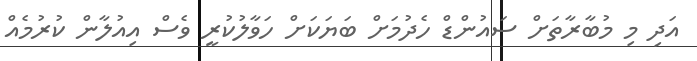
އަދި މި މުބާރާތަށް ސައުންޑް ހެދުމަށް ބަޔަކަށް ހަވާލުކުރީ ވެސް އިއުލާން ކުރުމެއް